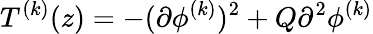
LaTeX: T^{(k)}(z)=-(\partial\phi^{(k)})^{2}+Q\partial^{2}\phi^{(k)}